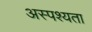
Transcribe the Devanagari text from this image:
अस्पश्यता